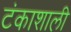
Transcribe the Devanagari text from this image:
टंकाशाली